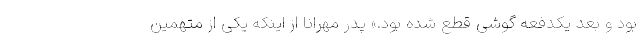
بود و بعد یکدفعه گوشی قطع شده بود.» پدر مهرانا از اینکه یکی از متهمین